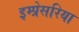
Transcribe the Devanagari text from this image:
इम्प्रेसरिया